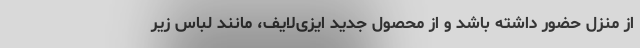
از منزل حضور داشته باشد و از محصول جدید ایزی‌لایف، مانند لباس زیر